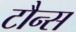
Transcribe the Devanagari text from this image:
टौन्स